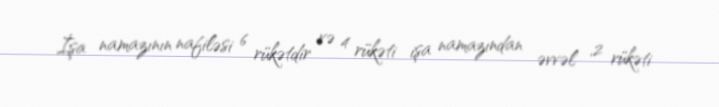
İşa namazının nafiləsi 6 rükətdir və 4 rükəti işa namazından əvvəl ,2 rükəti